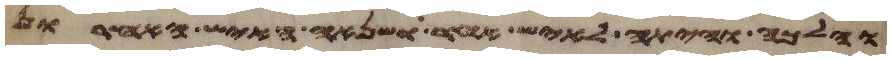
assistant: והלכה והיתה לאיש אחר ושנאה האיש האחרון